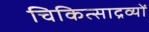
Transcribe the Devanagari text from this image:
चिकित्साद्रव्यों